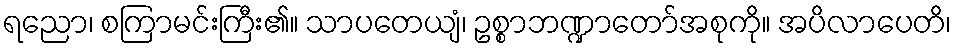
ရညော၊ စကြာမင်းကြီး၏။ သာပတေယျံ၊ ဥစ္စာဘဏ္ဍာတော်အစုကို။ အပိလာပေတိ၊